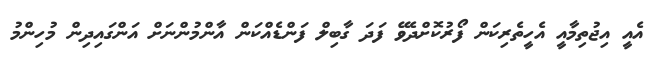
އެއީ އިޖުތިމާއީ އެހީތެރިކަން ފޯރުކޮށްދެވޭ ފަދަ ގާބިލް ފަންޑެއްކަން އާންމުންނަށް އަންގައިދިން މުހިންމު